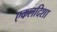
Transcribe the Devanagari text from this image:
एकलदिशा